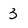
Character: 3